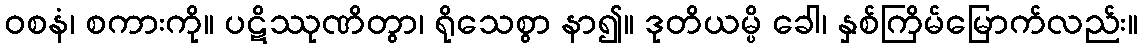
ဝစနံ၊ စကားကို။ ပဋိဿုဏိတွာ၊ ရိုသေစွာ နာ၍။ ဒုတိယမ္ပိ ခေါ၊ နှစ်ကြိမ်မြောက်လည်း။